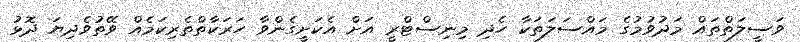
ވަސީލަތްތައް މަދުވުމުގެ މައްސަލަތަކާ ހެދި މިނިސްޓްރީ އަށް އެކަށީގެންވާ ހަރަކާތްތެރިކަމެއް ވޭތުވެދިޔަ ދޮޅު